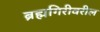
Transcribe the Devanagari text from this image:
ब्रह्मगिरीवरील